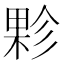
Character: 𭪻